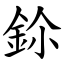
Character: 鉩